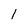
Character: 1